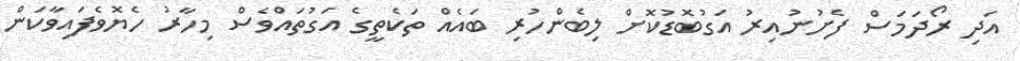
އަދި ރޯދަމަސް ފެށުނުއިރު އަގުބޮޑުކޮށް ލިބެންހުރި ބައެއް ތަކެތީގެ އަގުތައްވެސް މިހާރު ހެޔޮވެފައިވާކަން